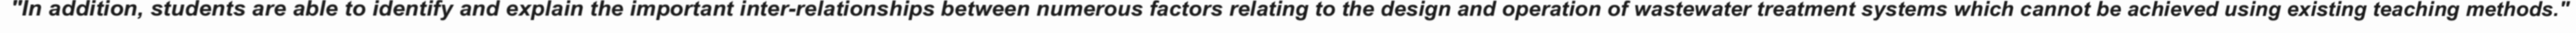
"In addition, students are able to identify and explain the important inter-relationships between numerous factors relating to the design and operation of wastewater treatment systems which cannot be achieved using existing teaching methods."